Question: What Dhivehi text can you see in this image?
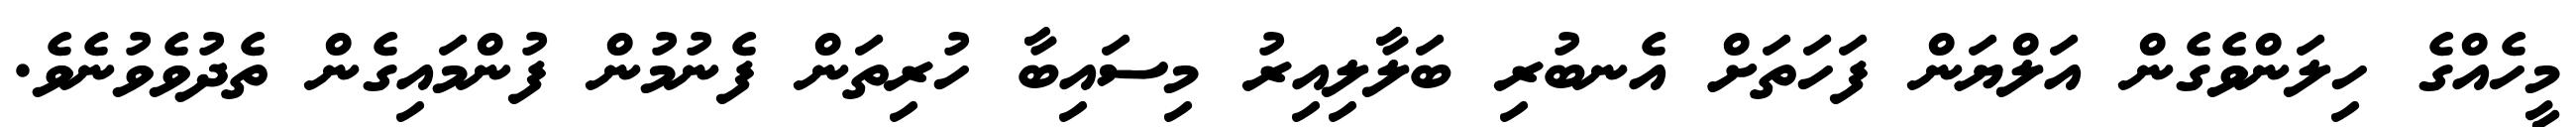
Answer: މީހެއްގެ ހިލަންވެގެން އަލްޔަން ފަހަތަށް އެނބުރި ބަލާލިއިރު މިސައިބާ ހުރިތަން ފެނުމުން ފުންމައިގެން ތެދުވެވުނެވެ.